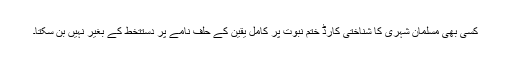
کسی بھی مسلمان شہری کا شناختی کارڈ ختمِ نبوت پر کامل یقین کے حلف نامے پر دستتخط کے بغیر نہیں بن سکتا۔